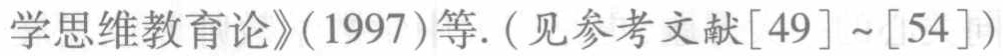
《学思维教育论》(1997)等. (见参考文献[49]~[54])